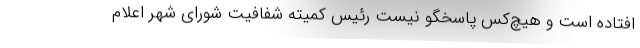
افتاده است و هیچ‌کس پاسخگو نیست رئیس کمیته شفافیت شورای شهر اعلام